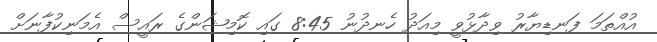
އުއްތަމަ ފަނޑިޔާރު ވިދާޅުވީ މިއަދު ހެނދުނު 8:45 ގައި ކޮމިޝަންގެ ރައީސް އެމަނިކުފާނަށް